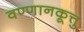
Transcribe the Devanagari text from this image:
वण्णानकूत्तु